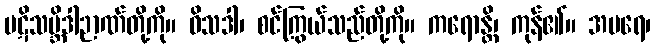
ပဋိသမ္ဘိဒါဉာဏ်တို့ကို။ ဝိသဒါ၊ စင်ကြွယ်သည်တို့ကို။ ကရောန္တိ၊ ကုန်၏။ အပရေ၊